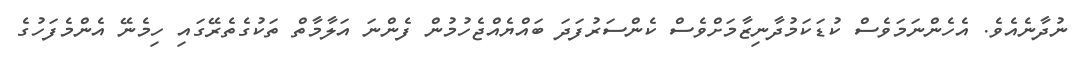
ނުދާނެއެވެ. އެހެންނަމަވެސް ކުޑަކަމުދާނިޒާމަށްވެސް ކެންސަރުފަދަ ބައްޔެއްޖެހުމުން ފެންނަ އަލާމާތް ތަކުގެތެރޭގައި ހިމެނޭ އެންމެފަހުގެ